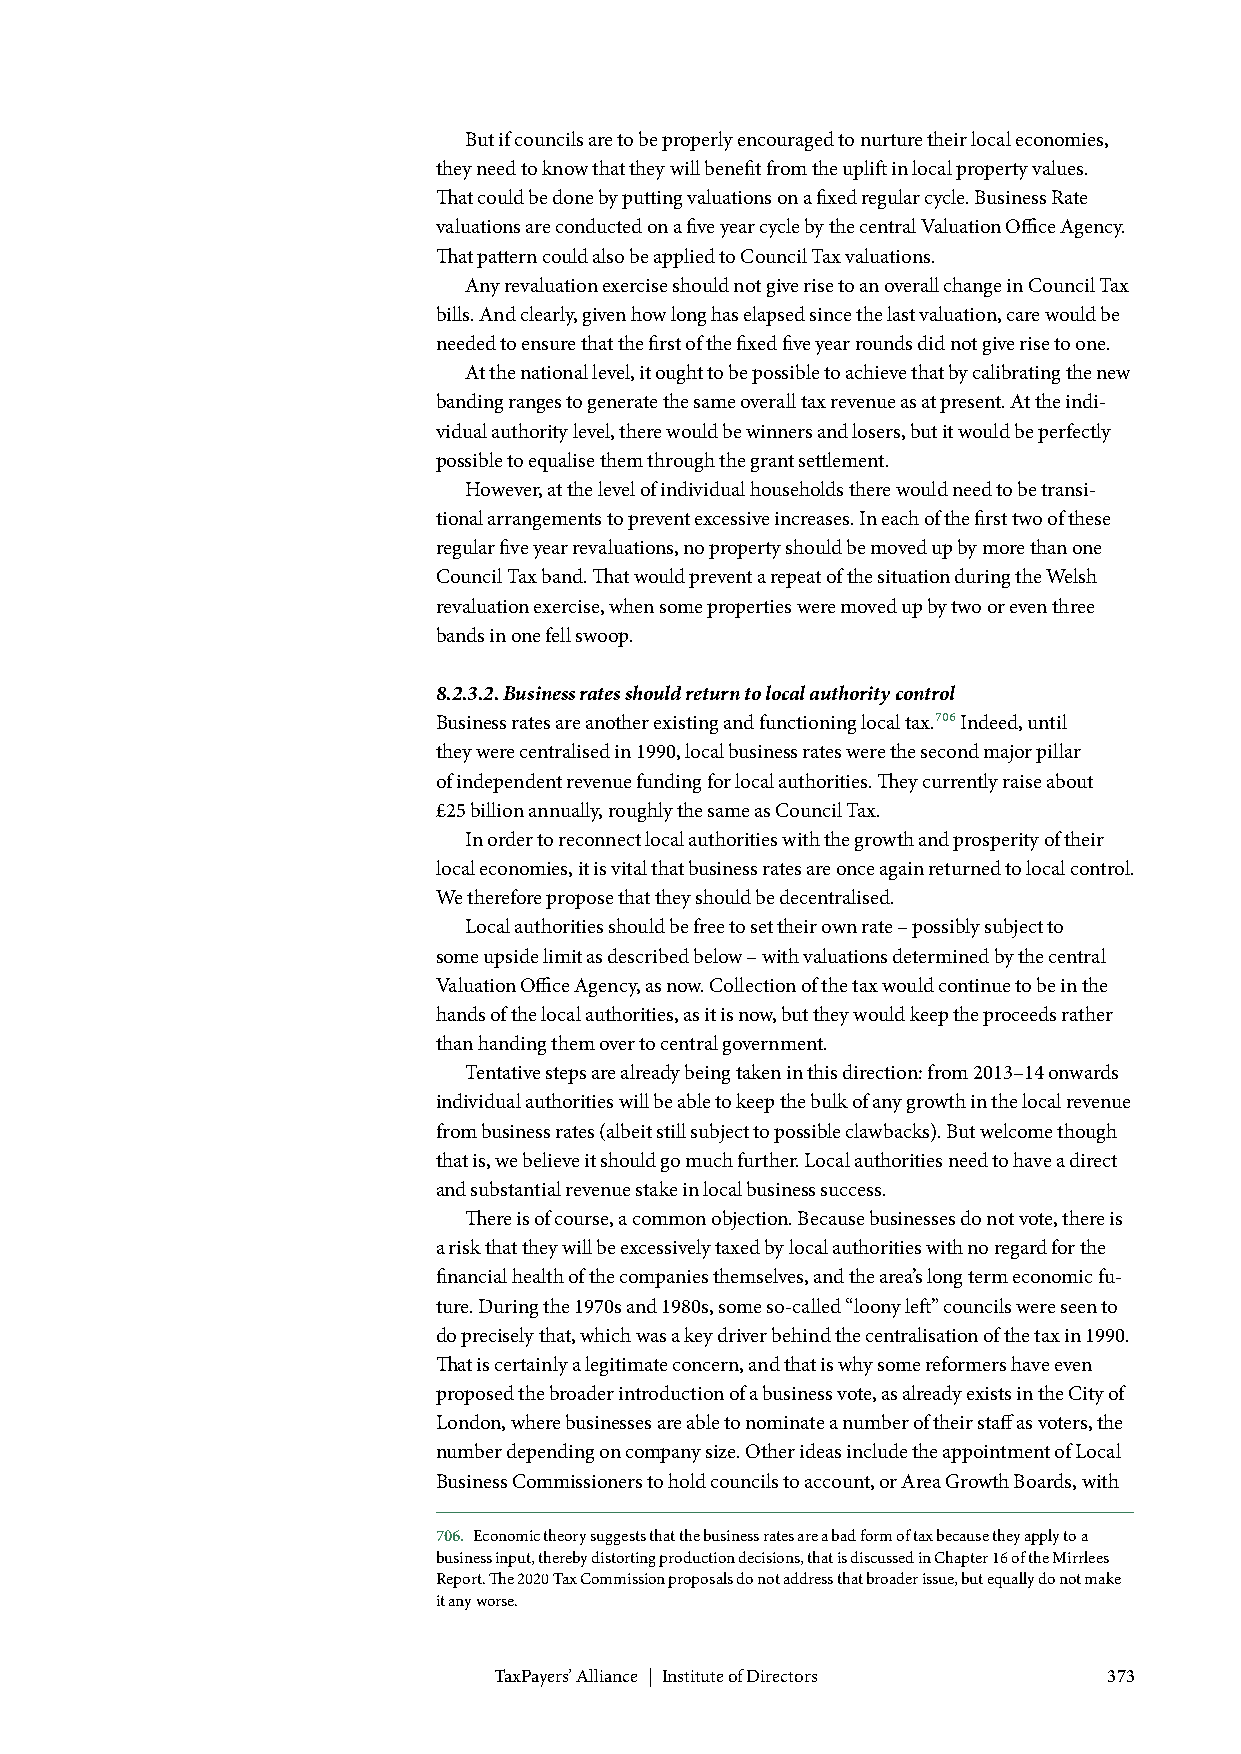
But if councils are to be properly encouraged to nurture their local economies,
 they need to know that they will benefit from the uplift in local property values.
 That could be done by putting valuations on a fixed regular cycle. Business Rate
 valuations are conducted on a five year cycle by the central Valuation Office Agency.
 That pattern could also be applied to Council Tax valuations.
 Any revaluation exercise should not give rise to an overall change in Council Tax
 bills. And clearly, given how long has elapsed since the last valuation, care would be
 needed to ensure that the first of the fixed five year rounds did not give rise to one.
 At the national level, it ought to be possible to achieve that by calibrating the new
 banding ranges to generate the same overall tax revenue as at present. At the indi-
 vidual authority level, there would be winners and losers, but it would be perfectly
 possible to equalise them through the grant settlement.
 However, at the level of individual households there would need to be transi-
 tional arrangements to prevent excessive increases. In each of the first two of these
 regular five year revaluations, no property should be moved up by more than one
 Council Tax band. That would prevent a repeat of the situation during the Welsh
 revaluation exercise, when some properties were moved up by two or even three
 bands in one fell swoop.
 8.2.3.2. Business rates should return to local authority control
 Business rates are another existing and functioning local tax.706 Indeed, until
 they were centralised in 1990, local business rates were the second major pillar
 of independent revenue funding for local authorities. They currently raise about
 £25 billion annually, roughly the same as Council Tax.
 In order to reconnect local authorities with the growth and prosperity of their
 local economies, it is vital that business rates are once again returned to local control.
 We therefore propose that they should be decentralised.
 Local authorities should be free to set their own rate – possibly subject to
 some upside limit as described below – with valuations determined by the central
 Valuation Office Agency, as now. Collection of the tax would continue to be in the
 hands of the local authorities, as it is now, but they would keep the proceeds rather
 than handing them over to central government.
 Tentative steps are already being taken in this direction: from 2013–14 onwards
 individual authorities will be able to keep the bulk of any growth in the local revenue
 from business rates (albeit still subject to possible clawbacks). But welcome though
 that is, we believe it should go much further. Local authorities need to have a direct
 and substantial revenue stake in local business success.
 There is of course, a common objection. Because businesses do not vote, there is
 a risk that they will be excessively taxed by local authorities with no regard for the
 financial health of the companies themselves, and the area’s long term economic fu-
 ture. During the 1970s and 1980s, some so-called “loony left” councils were seen to
 do precisely that, which was a key driver behind the centralisation of the tax in 1990.
 That is certainly a legitimate concern, and that is why some reformers have even
 proposed the broader introduction of a business vote, as already exists in the City of
 London, where businesses are able to nominate a number of their staff as voters, the
 number depending on company size. Other ideas include the appointment of Local
 Business Commissioners to hold councils to account, or Area Growth Boards, with
 706. Economic theory suggests that the business rates are a bad form of tax because they apply to a
 business input, thereby distorting production decisions, that is discussed in Chapter 16 of the Mirrlees
 Report. The 2020 Tax Commission proposals do not address that broader issue, but equally do not make
 it any worse.
 TaxPayers’ Alliance | Institute of Directors 373